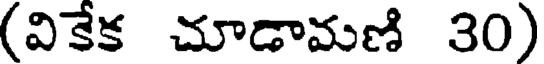
(వికేక చూడామణి 30)